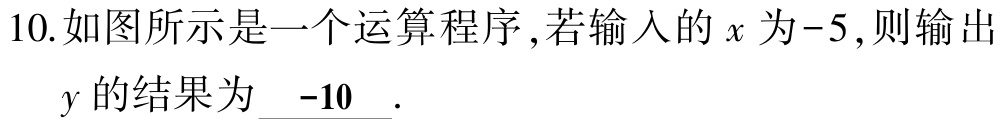
10.如图所示是一个运算程序,若输入的\(x\)为\(-5\),则输出\(y\)的结果为\(\underline{ -10 }\).